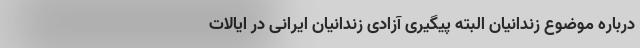
درباره موضوع زندانیان البته پیگیری آزادی زندانیان ایرانی در ایالات